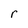
Character: r